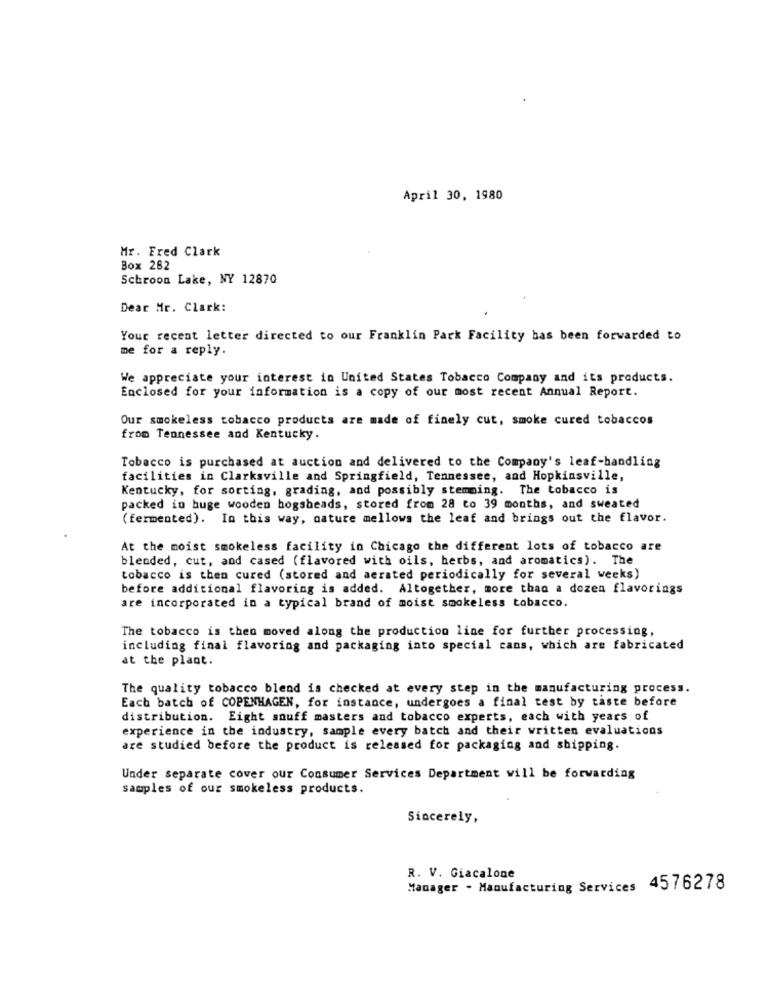
April 30, 1980
Mr. Fred Clark
Box 282
Schroon Lake, NY 12870
Dear Mr. Clark:
Your recent letter directed to our Franklin Park Facility has been forwarded to
me for a reply.
We appreciate your interest in United States Tobacco Company and its products.
Enclosed for your information is a copy of our most recent Annual Report.
Our smokeless tobacco products are made of finely cut, smoke cured tobaccos
from Tennessee and Kentucky.
Tobacco is purchased at auction and delivered to the Company's leaf-handling
facilities in Clarksville and Springfield, Tennessee, and Hopkinsville,
Kentucky, for sorting, grading, and possibly stemming. The tobacco is
packed in huge wooden hogsheads, stored from 28 to 39 months, and sweated
(fermented). In this way, nature mellows the leaf and brings out the flavor.
At the moist smokeless facility in Chicago the different lots of tobacco are
blended, cut, and cased (flavored with oils, herbs, and aromatics). The
tobacco is then cured (stored and aerated periodically for several weeks)
before additional flavoring is added. Altogether, more than a dozen flavorings
are incorporated in a typical brand of moist smokeless tobacco.
The tobacco is then moved along the production line for further processing,
including final flavoring and packaging into special cans, which are fabricated
at the plant.
The quality tobacco blend is checked at every step in the manufacturing process.
Each batch of COPENHAGEN, for instance, undergoes a final test by taste before
distribution. Eight snuff masters and tobacco experts, each with years of
experience in the industry, sample every batch and their written evaluations
are studied before the product is released for packaging and shipping.
Under separate cover our Consumer Services Department will be forwarding
samples of our smokeless products.
Sincerely,
R. V. Giacalone
Manager . Manufacturing Services 4576278